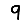
Digit: 9